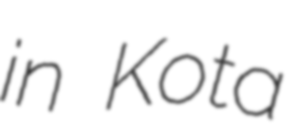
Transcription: in Kota